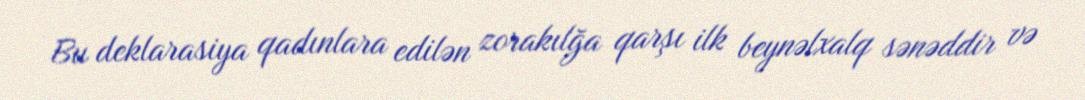
Bu deklarasiya qadınlara edilən zorakılğa qarşı ilk beynəlxalq sənəddir və